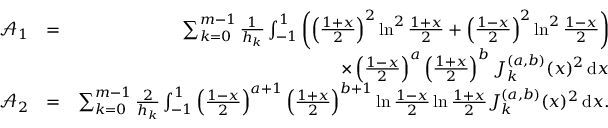
\begin{array} { r l r } { \! \! \! \! \! \! \! \! \mathcal { A } _ { 1 } } & { = } & { \sum _ { k = 0 } ^ { m - 1 } \frac { 1 } { h _ { k } } \int _ { - 1 } ^ { 1 } \left( \left( \frac { 1 + x } { 2 } \right) ^ { 2 } \ln ^ { 2 } \frac { 1 + x } { 2 } + \left( \frac { 1 - x } { 2 } \right) ^ { 2 } \ln ^ { 2 } \frac { 1 - x } { 2 } \right) } \\ & { } & { \times \left( \frac { 1 - x } { 2 } \right) ^ { a } \left( \frac { 1 + x } { 2 } \right) ^ { b } J _ { k } ^ { ( a , b ) } ( x ) ^ { 2 } \, \mathrm { d } x } \\ { \! \! \! \! \! \! \! \! \mathcal { A } _ { 2 } } & { = } & { \sum _ { k = 0 } ^ { m - 1 } \frac { 2 } { h _ { k } } \int _ { - 1 } ^ { 1 } \left( \frac { 1 - x } { 2 } \right) ^ { a + 1 } \left( \frac { 1 + x } { 2 } \right) ^ { b + 1 } \ln \frac { 1 - x } { 2 } \ln \frac { 1 + x } { 2 } J _ { k } ^ { ( a , b ) } ( x ) ^ { 2 } \, \mathrm { d } x . } \end{array}